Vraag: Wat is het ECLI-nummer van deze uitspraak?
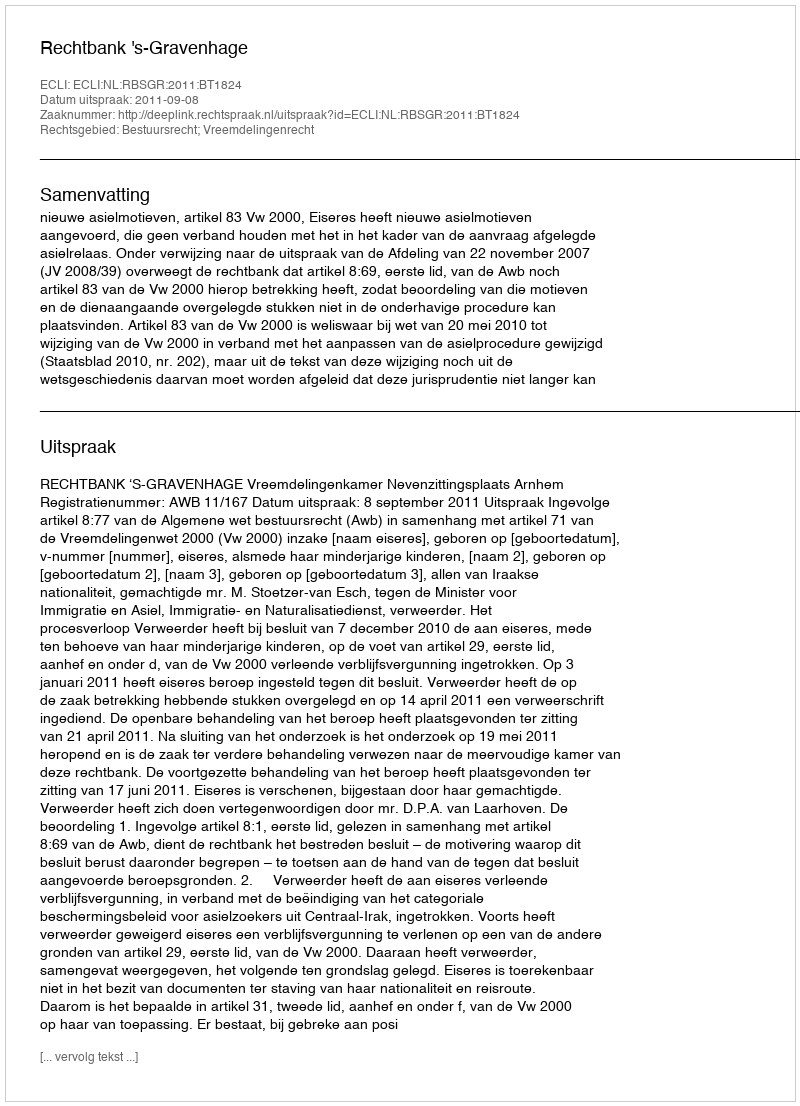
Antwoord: ECLI:NL:RBSGR:2011:BT1824